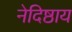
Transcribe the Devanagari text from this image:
नेदिष्ठाय